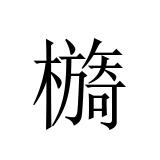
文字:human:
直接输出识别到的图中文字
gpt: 檹